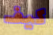
كيف